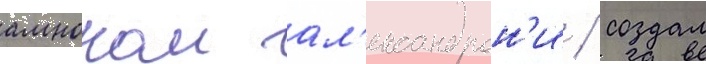
амноном ал'ександрон'и / создал